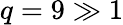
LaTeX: q=9\gg 1